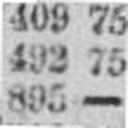
895 —